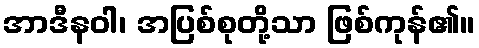
အာဒီနဝါ၊ အပြစ်စုတို့သာ ဖြစ်ကုန်၏။